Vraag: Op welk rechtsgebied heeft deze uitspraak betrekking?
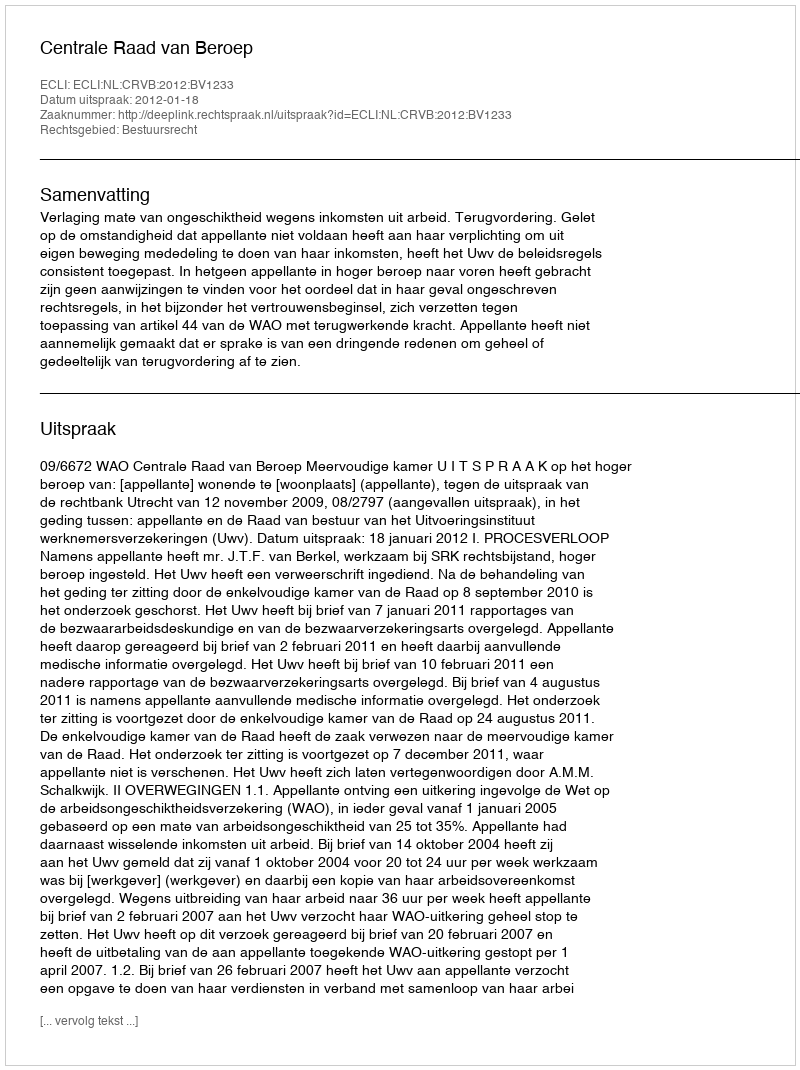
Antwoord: Bestuursrecht